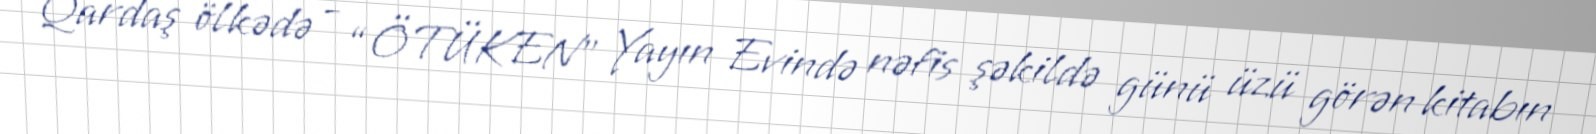
Qardaş ölkədə - “ÖTÜKEN” Yayın Evində nəfis şəkildə günü üzü görən kitabın